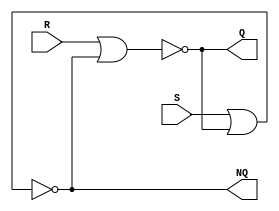
module RS_latch(
    input wire S,
    input wire R,
    output wire Q,
    output wire NQ
    );

assign Q = ~(R | NQ);
assign NQ = ~(S | Q);

endmodule


module D_latch(
    input wire CLK,
    input wire D,
    output wire Q,
    output wire NQ
    );
wire R, S;
assign R = CLK & ~D;
assign S = D & CLK;

RS_latch rs_imp(S, R, Q, NQ);

endmodule


module D_flip_flope(
    input wire CLK,
    input wire D,
    output wire Q,
    output wire NQ
    );

wire connect;

D_latch d_master(~CLK, D, connect, );
D_latch d_slave(CLK, connect, Q, NQ);

endmodule



module test_d_flip_flop;

reg D, CLK;
wire Q, NQ;

D_flip_flope d_imp(CLK, D, Q, NQ);


initial
begin
    D = 0; CLK = 0;

    #10 D = 1; 

    #10 D = 0;

    #10 CLK = 1;

    #10 D = 1;

    #10 CLK = 0;

    #10 D = 0;

    #10 D = 1;

    #10 CLK = 0;
    #0 D = 0;

    #10 D = 1;
    #0 CLK = 1;

    #10 D = 0;
    #0 CLK = 0;

    #10 D = 0;
    #0 CLK = 1;
end

initial
begin
  #120 $finish;
end

initial
begin
    $dumpfile("out.vcd");
    $dumpvars(0, test_d_flip_flop);
end

endmodule